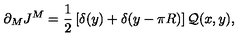
\partial _ { M } J ^ { M } = \frac { 1 } { 2 } \left[ \delta ( y ) + \delta ( y - \pi R ) \right] { \cal Q } ( x , y ) ,